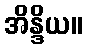
အိန္ဒိယ။